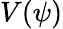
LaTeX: V(\psi)